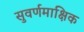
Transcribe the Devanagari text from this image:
सुवर्णमाक्षिक